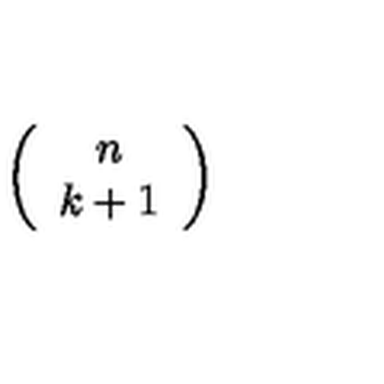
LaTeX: \left( \begin{array} { c } { n } \\ { k + 1 } \\ \end{array} \right)